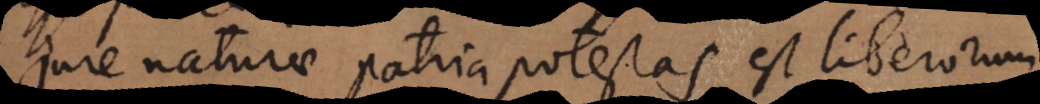
Jure naturae patria potestas est liberorum